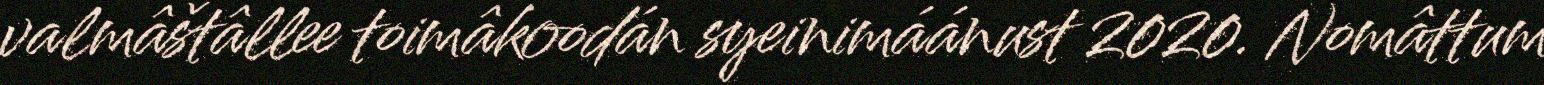
valmâštâllee toimâkoodán syeinimáánust 2020. Nomâttum